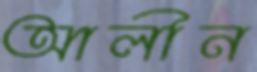
আলীন